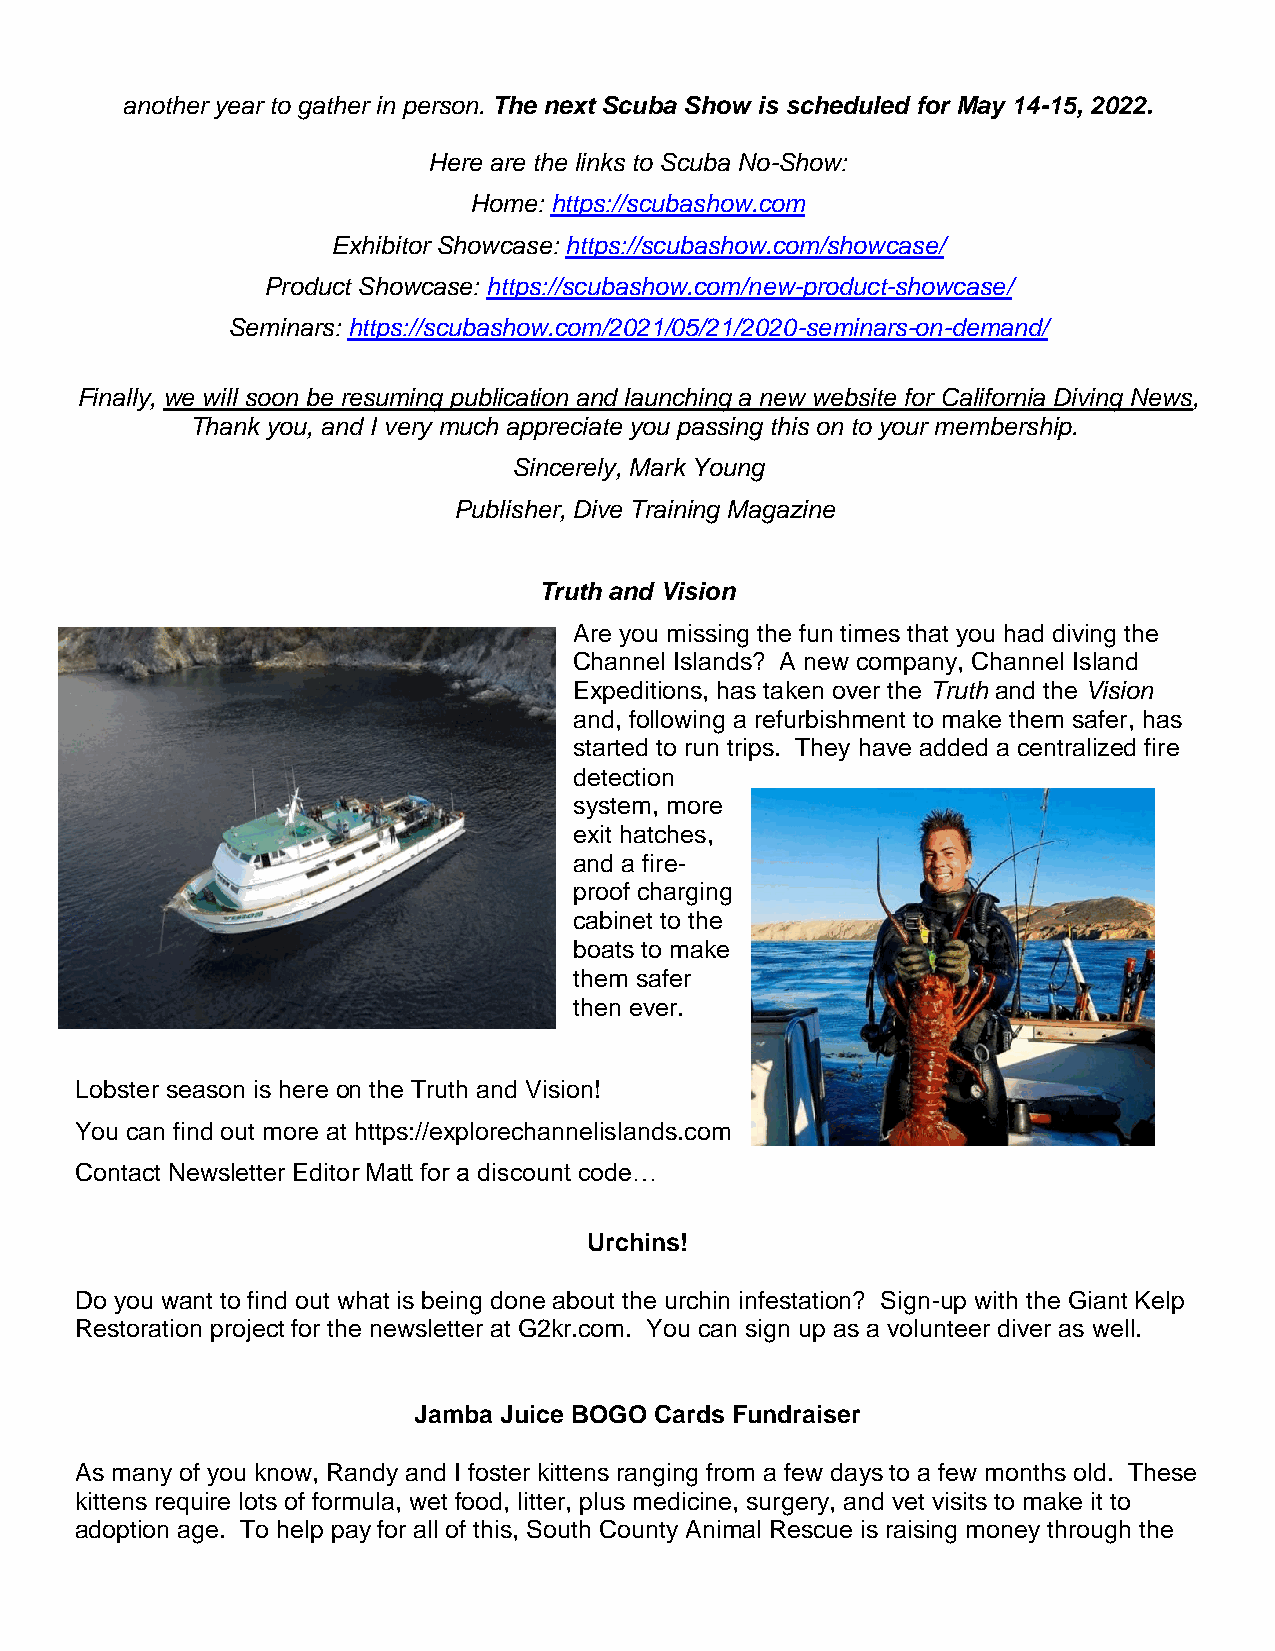
another year to gather in person. The next Scuba Show is scheduled for May 14-15, 2022.
 Here are the links to Scuba No-Show:
 Home: https://scubashow.com
 Exhibitor Showcase: https://scubashow.com/showcase/
 Product Showcase: https://scubashow.com/new-product-showcase/
 Seminars: https://scubashow.com/2021/05/21/2020-seminars-on-demand/
 Finally, we will soon be resuming publication and launching a new website for California Diving News,
 Thank you, and I very much appreciate you passing this on to your membership.
 Sincerely, Mark Young
 Publisher, Dive Training Magazine
 Truth and Vision
 Are you missing the fun times that you had diving the
 Channel Islands? A new company, Channel Island
 Expeditions, has taken over the Truth and the Vision
 and, following a refurbishment to make them safer, has
 started to run trips. They have added a centralized fire
 detection
 system, more
 exit hatches,
 and a fire-
 proof charging
 cabinet to the
 boats to make
 them safer
 then ever.
 Lobster season is here on the Truth and Vision!
 You can find out more at https://explorechannelislands.com
 Contact Newsletter Editor Matt for a discount code…
 Urchins!
 Do you want to find out what is being done about the urchin infestation? Sign-up with the Giant Kelp
 Restoration project for the newsletter at G2kr.com. You can sign up as a volunteer diver as well.
 Jamba Juice BOGO Cards Fundraiser
 As many of you know, Randy and I foster kittens ranging from a few days to a few months old. These
 kittens require lots of formula, wet food, litter, plus medicine, surgery, and vet visits to make it to
 adoption age. To help pay for all of this, South County Animal Rescue is raising money through the